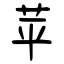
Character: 苹